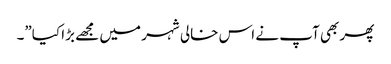
پھر بھی آپ نے اس خالی شہر میں مجھے بڑا کیا”۔